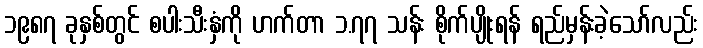
၁၉၈၇ ခုနှစ်တွင် စပါးသီးနှံကို ဟက်တာ ၁.၇၇ သန်း စိုက်ပျိုးရန် ရည်မှန်းခဲ့သော်လည်း